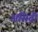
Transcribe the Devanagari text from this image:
असिद्री